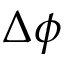
\Delta \phi